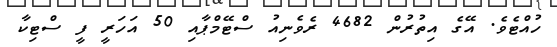
ހުއްޓެވެ. އޭގެ އިތުރުން 4682 ރެވެނިއު ސްޓޭމްޕާއި 50 އަހަރީ ފީ ސްޓިކާ